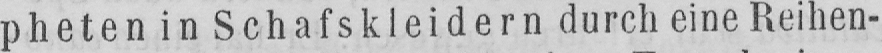
pheten in Schafskleidern durch eine Reihen-